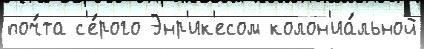
поч́та с'е́рого Энр'ик'есом колон'иа́льной